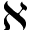
\aleph